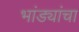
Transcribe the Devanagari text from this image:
भांड्यांचा